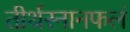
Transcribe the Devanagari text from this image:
तीर्थस्नानफलं